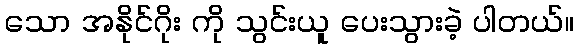
သော အနိုင်ဂိုး ကို သွင်းယူ ပေးသွားခဲ့ ပါတယ်။